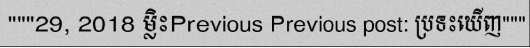
"""29, 2018 ម្លិះPrevious Previous post: ប្រទះឃើញ"""